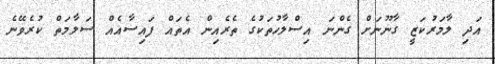
އަދި ލާމަރުކަޒީ ގާނޫނަށް ގެންނަ އިސްލާހުތަކުގެ ތެރެއިން އެތައް ފައިސާއެއް ސަލާމަތް ކުރެވޭނެ